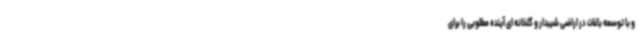
و با توسعه باغات در اراضی شیبدار و گلخانه ای آینده مطلوبی را برای